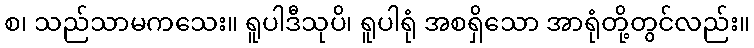
စ၊ သည်သာမကသေး။ ရူပါဒီသုပိ၊ ရူပါရုံ အစရှိသော အာရုံတို့တွင်လည်း။